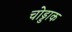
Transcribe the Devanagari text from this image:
चोड्डाक